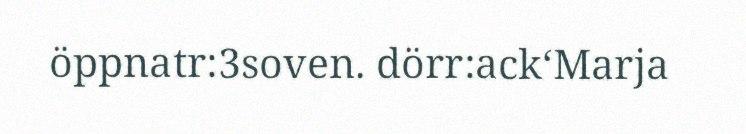
öppnatr:3soven. dörr:ack‘Marja